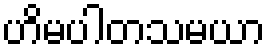
ဟိမပါတသမယာ